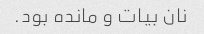
نان بیات و مانده بود.